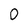
Character: 0